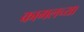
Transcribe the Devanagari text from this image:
कागलच्या